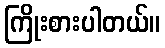
ကြိုးစားပါတယ်။